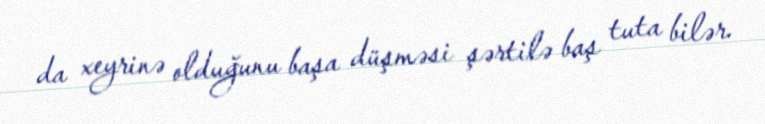
da xeyrinə olduğunu başa düşməsi şərtilə baş tuta bilər.